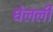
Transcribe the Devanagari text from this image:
घेलली